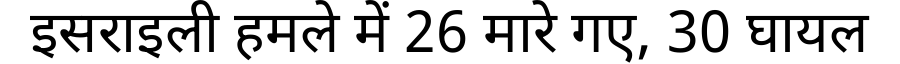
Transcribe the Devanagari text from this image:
इसराइली हमले में 26 मारे गए, 30 घायल